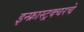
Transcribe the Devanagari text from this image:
इन्फ्रास्ट्रक्चरचे